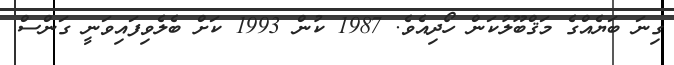
ގިނަ ބަޔެއްގެ މަޤްބޫލުކަން ހޯދިއެވެ. 1987 ކުން 1993 ކަށް ބެލެވިފައިވަނީ ގަންސް